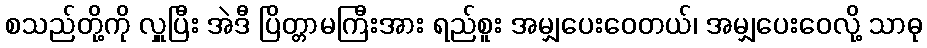
စသည်တို့ကို လှူပြီး အဲဒီ ပြိတ္တာမကြီးအား ရည်စူး အမျှပေးဝေတယ်၊ အမျှပေးဝေလို့ သာဓု